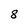
Character: 8